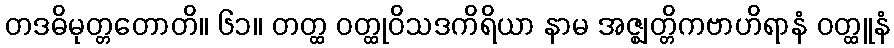
တဒဓိမုတ္တတောတိ။ ၆၁။ တတ္ထ ဝတ္ထုဝိသဒကိရိယာ နာမ အဇ္ဈတ္တိကဗာဟိရာနံ ဝတ္ထူနံ